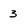
Character: 3